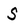
Character: S